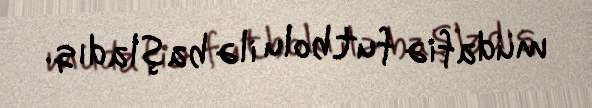
müdafiə futbolu ilə başladıq.